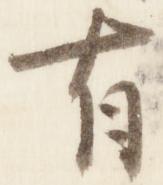
有